Annual administration and progress report of the Indian Medical Department, Bombay
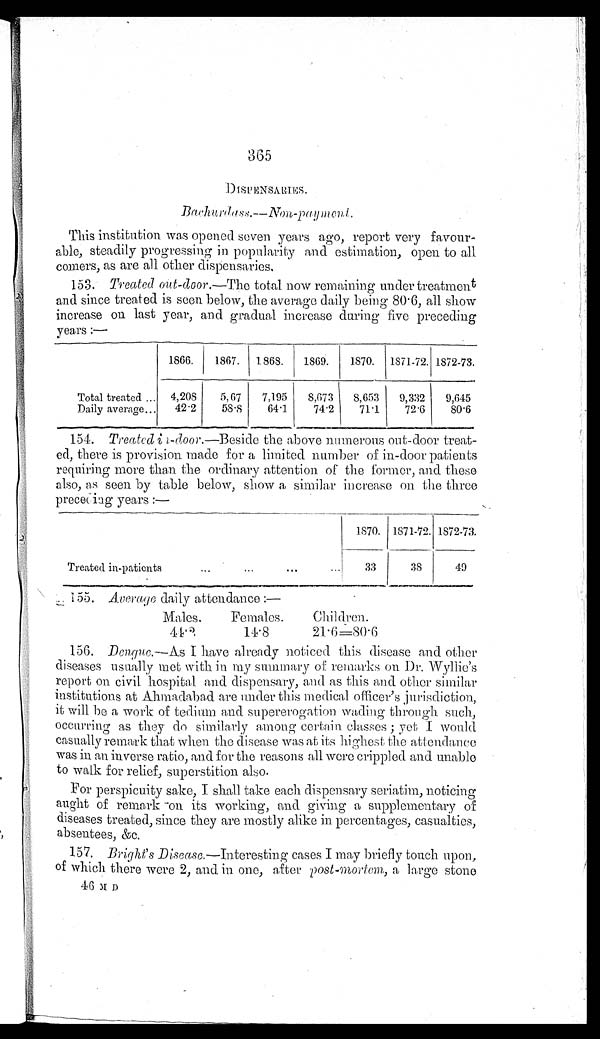
365
DISPENSARIES.
Bachurdass.—Non-payment.
This institution was opened Seven years ago, report very favour
-able, steadily progressing in popularity and estimation, open to all
comers, as are all other dispensaries.
153.
Treated out-door.—The total now remaining under treatment
and since treated is seen below, the average daily being 80·6, all show
increase on last year, and gradual increase during five preceding
years:—
1866.
1867. 1868.
1869.
1870. 1871-72. 1872-73.
Total treated
4,208
5,67
7,195
8,673
8,653
9,332
9,645
Daily average
42·2
58·8
64·1
74·2
71·1
72·6
80·6
154.
Treated in-door.—Beside the above numerous out-door treat
-ed, there is provision made for a limited number of in-door patients
requiring more than the ordinary attention of the former, and these
also, as seen by table below, show a similar increase on the three
preceding years:—
1870. 1871-72. 1872-73.
Treated in-patients
33
38
49
155. Average daily attendance:—
M a l e s .
F e m a l e s .
C h i l d r e n .
44·3
14·8
21·6=80·6
156. Dengue.—As I have already noticed tills disease and other
diseases usually met with in my summary of remarks on Dr. Wyllie's
report on civil hospital and dispensary, and as this and other similar
institutions at Ahmadabad are under this medical officer's jurisdiction,
it will be a work of tedium and supererogation wading through such
, occurring as they do similarly among certain classes; yet I would
casually remark that when the disease was at its highest the attendance
was in an inverse ratio, and for the reasons all were crippled and unable
to walk for relief, superstition also.
For perspicuity sake, I shall take each dispensary seriatim, noticing
aught of remark on its working, and giving a supplementary of
diseases treated, since they are mostly alike in percentages, casualties,
absentees, &c.
157. Bright's Disease.—Interesting cases I may briefly touch upon,
of which there were 2, and in one, after post-mortem, a large stone
46 M D